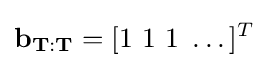
\mathbf {b_{T:T}} =[1\ 1\ 1\ \dots ]^{T}